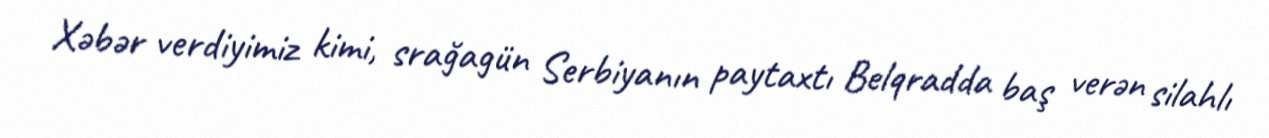
Xəbər verdiyimiz kimi, srağagün Serbiyanın paytaxtı Belqradda baş verən silahlı